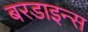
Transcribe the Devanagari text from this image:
बरडाइन्स